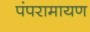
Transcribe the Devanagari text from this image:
पंपरामायण